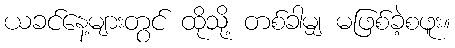
ယခင်နေ့များတွင် ထိုသို့ တစ်ခါမျှ မဖြစ်ခဲ့စဖူး။